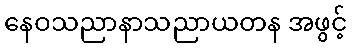
နေဝသညာနာသညာယတန အဖွင့်